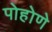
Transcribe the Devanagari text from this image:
पोहोणे